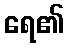
ရေ၏